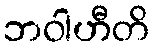
ဘဝါဟီတိ